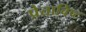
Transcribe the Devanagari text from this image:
प्रेताविष्ट